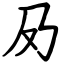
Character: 夃